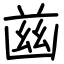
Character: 𦱳